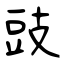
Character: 豉